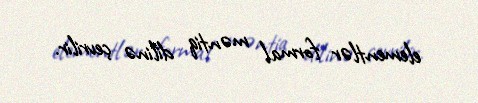
elementlər formal məntiq dilinə çevrilir.